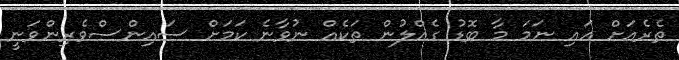
ތެރެއަށް އައި ނަމަ މާ ބޮޑު ގެއްލުން ތަކެއް ނުވާނެ ކަމަށް ސައިންސްވެރިންވަނީ